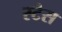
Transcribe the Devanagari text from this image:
स्टैस